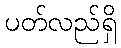
ပတ်လည်ရှိ